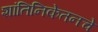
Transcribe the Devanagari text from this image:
शांतिनिकेतनचे